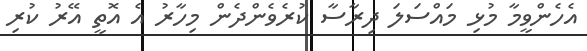
އެހެންވީމާ މުޅި މައްސަލަ ދިރާސާ ކުރެވެންދެން މިހާރު އެ އޮތީ އޭރު ކުރި